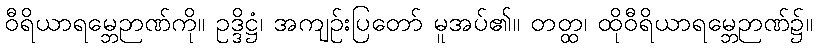
ဝီရိယာရမ္ဘေဉာဏ်ကို။ ဥဒ္ဒိဋ္ဌံ၊ အကျဉ်းပြတော် မူအပ်၏။ တတ္ထ၊ ထိုဝီရိယာရမ္ဘေဉာဏ်၌။